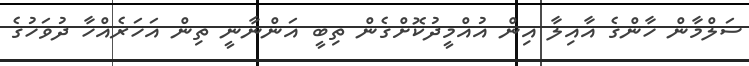
ސަލްމާން ހާންގެ އާއިލާ އިން އުއްމީދުކޮށްގެން ތިބީ އަންނާނީ ތިން އަހަރެއްހާ ދުވަހުގެ